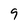
Character: 9